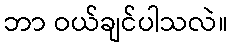
ဘာ ဝယ်ချင်ပါသလဲ။